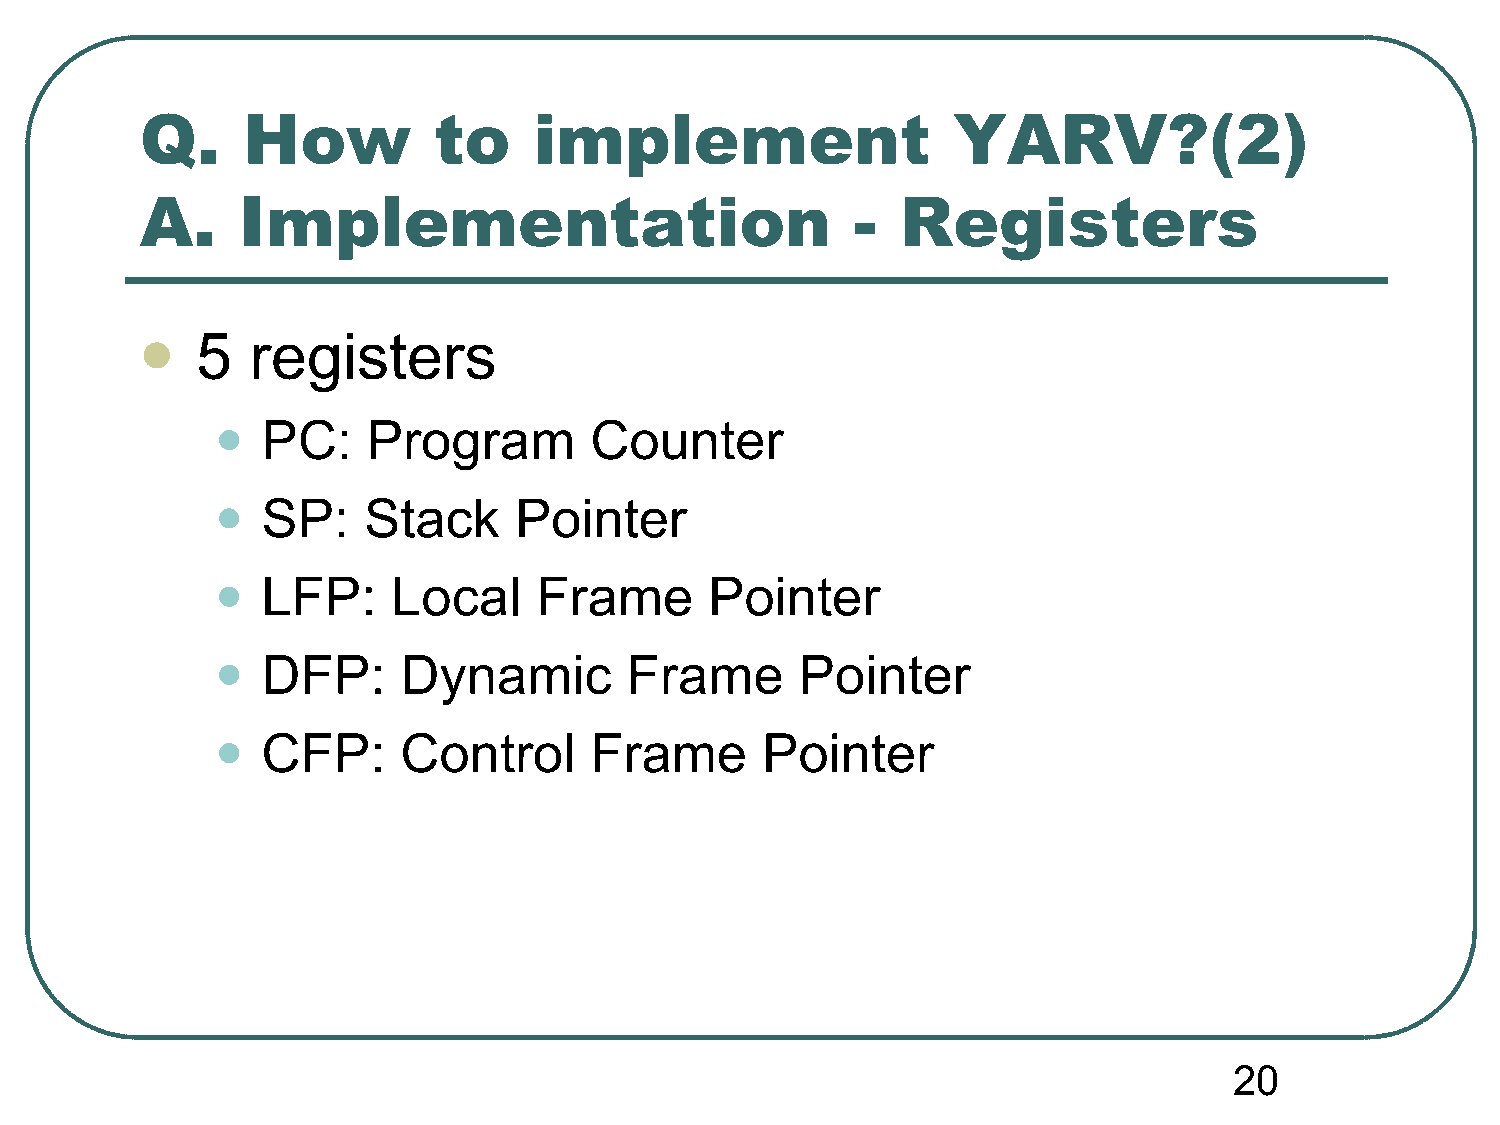
Q.     How          to    implement                   YARV?(2)
 A.     Implementation                           -  Registers
 5   registers
 
 •
 PC:    Program        Counter
 •
 SP:    Stack     Pointer
 •
 LFP:     Local    Frame       Pointer
 •
 DFP:      Dynamic        Frame      Pointer
 •
 CFP:      Control     Frame      Pointer
 20